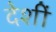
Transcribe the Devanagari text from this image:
देशीं